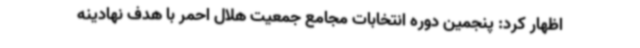
اظهار کرد: پنجمین دوره انتخابات مجامع جمعیت هلال احمر با هدف نهادینه